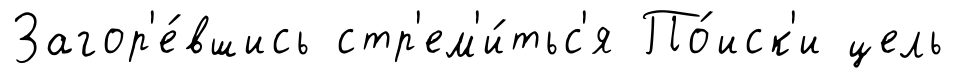
Загор'е́вшись стр'ем'и́тьс'я По́иск'и цель